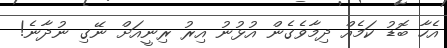
އެހާ ބޮޑު ކަމެއް ދިމާވެގެން އުޅުނު އިރު ރިނީއަށް ނޭގި ނުދާނެ!